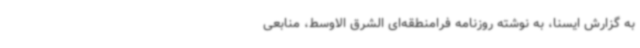
به گزارش ایسنا، به نوشته روزنامه فرامنطقه‌ای الشرق الاوسط، منابعی